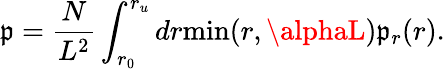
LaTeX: \mathfrak{p}=\frac{{N}}{{L^{2}}}\int_{r_{0}}^{r_{u}}dr\textrm{{min}}(r,\alphaL)\mathfrak{p}_{r}(r).